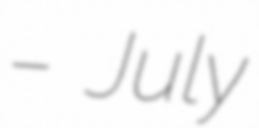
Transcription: – July